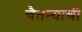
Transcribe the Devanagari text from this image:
चैतन्याची